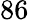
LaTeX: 86